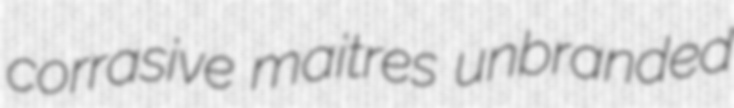
corrasive maitres unbranded